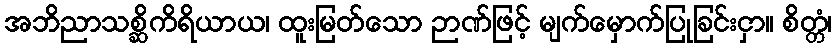
အဘိညာသစ္ဆိကိရိယာယ၊ ထူးမြတ်သော ဉာဏ်ဖြင့် မျက်မှောက်ပြုခြင်းငှာ။ စိတ္တံ၊